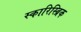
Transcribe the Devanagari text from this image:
स्कारिस्ब्रिक